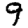
Digit: 9